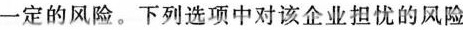
一定的风险。下列选项中对该企业担忧的风险